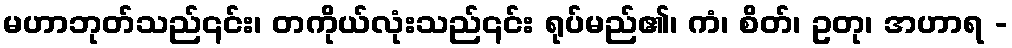
မဟာဘုတ်သည်၎င်း၊ တကိုယ်လုံးသည်၎င်း ရုပ်မည်၏၊ ကံ၊ စိတ်၊ ဥတု၊ အဟာရ -